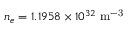
n _ { e } = 1 . 1 9 5 8 \times 1 0 ^ { 3 2 } ~ \mathrm { m ^ { - 3 } }